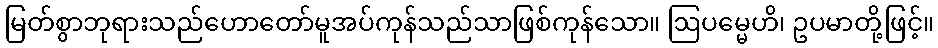
မြတ်စွာဘုရားသည်ဟောတော်မူအပ်ကုန်သည်သာဖြစ်ကုန်သော။ ဩပမ္မေဟိ၊ ဥပမာတို့ဖြင့်။